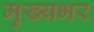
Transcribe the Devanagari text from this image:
मुख्यभर